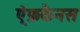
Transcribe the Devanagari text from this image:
ऐ्फ्रकैनस